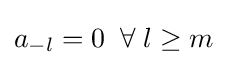
a_{-l}=0\;\;\forall \;l\geq m